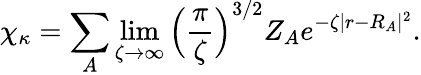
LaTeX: \chi_{\kappa}=\sum_{A}\operatorname*{lim}_{\zeta\rightarrow\infty}\Big(\frac{\pi}{\zeta}\Big)^{3/2}Z_{A}e^{-\zeta|r-R_{A}|^{2}}.